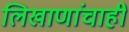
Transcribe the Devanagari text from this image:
लिखाणांचाही